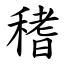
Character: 䅲